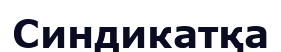
Синдикатқа